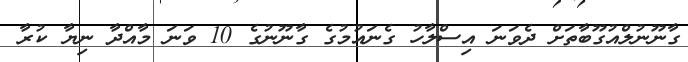
ގާނޫނުލްއުގޫބާތަށް ދެވަނަ އިސްލާހު ގެނައުމުގެ ގާނޫނުގެ 10 ވަނަ މާއްދާ ނިޔާ ކުރާ